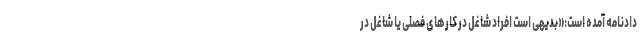
دادنامه آمده است:«بدیهی است افراد شاغل در کارهای فصلی یا شاغل در